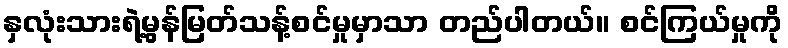
နှလုံးသားရဲ့မွန်မြတ်သန့်စင်မှုမှာသာ တည်ပါတယ်။ စင်ကြယ်မှုကို